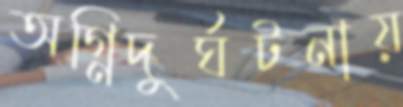
অগ্নিদুর্ঘটনায়